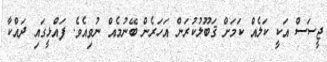
ޖީސަސް އަކީ ކަލެއް ކަމަށް ޤަބޫލުކުރަން އަހަރެން ބޭނުމެއް ނުވިއެވެ. ފައްޅީގައި ދައްކާ